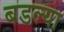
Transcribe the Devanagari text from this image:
बडल्या